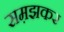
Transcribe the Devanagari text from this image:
सम़झकर